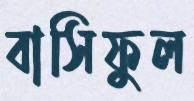
বাসিফুল